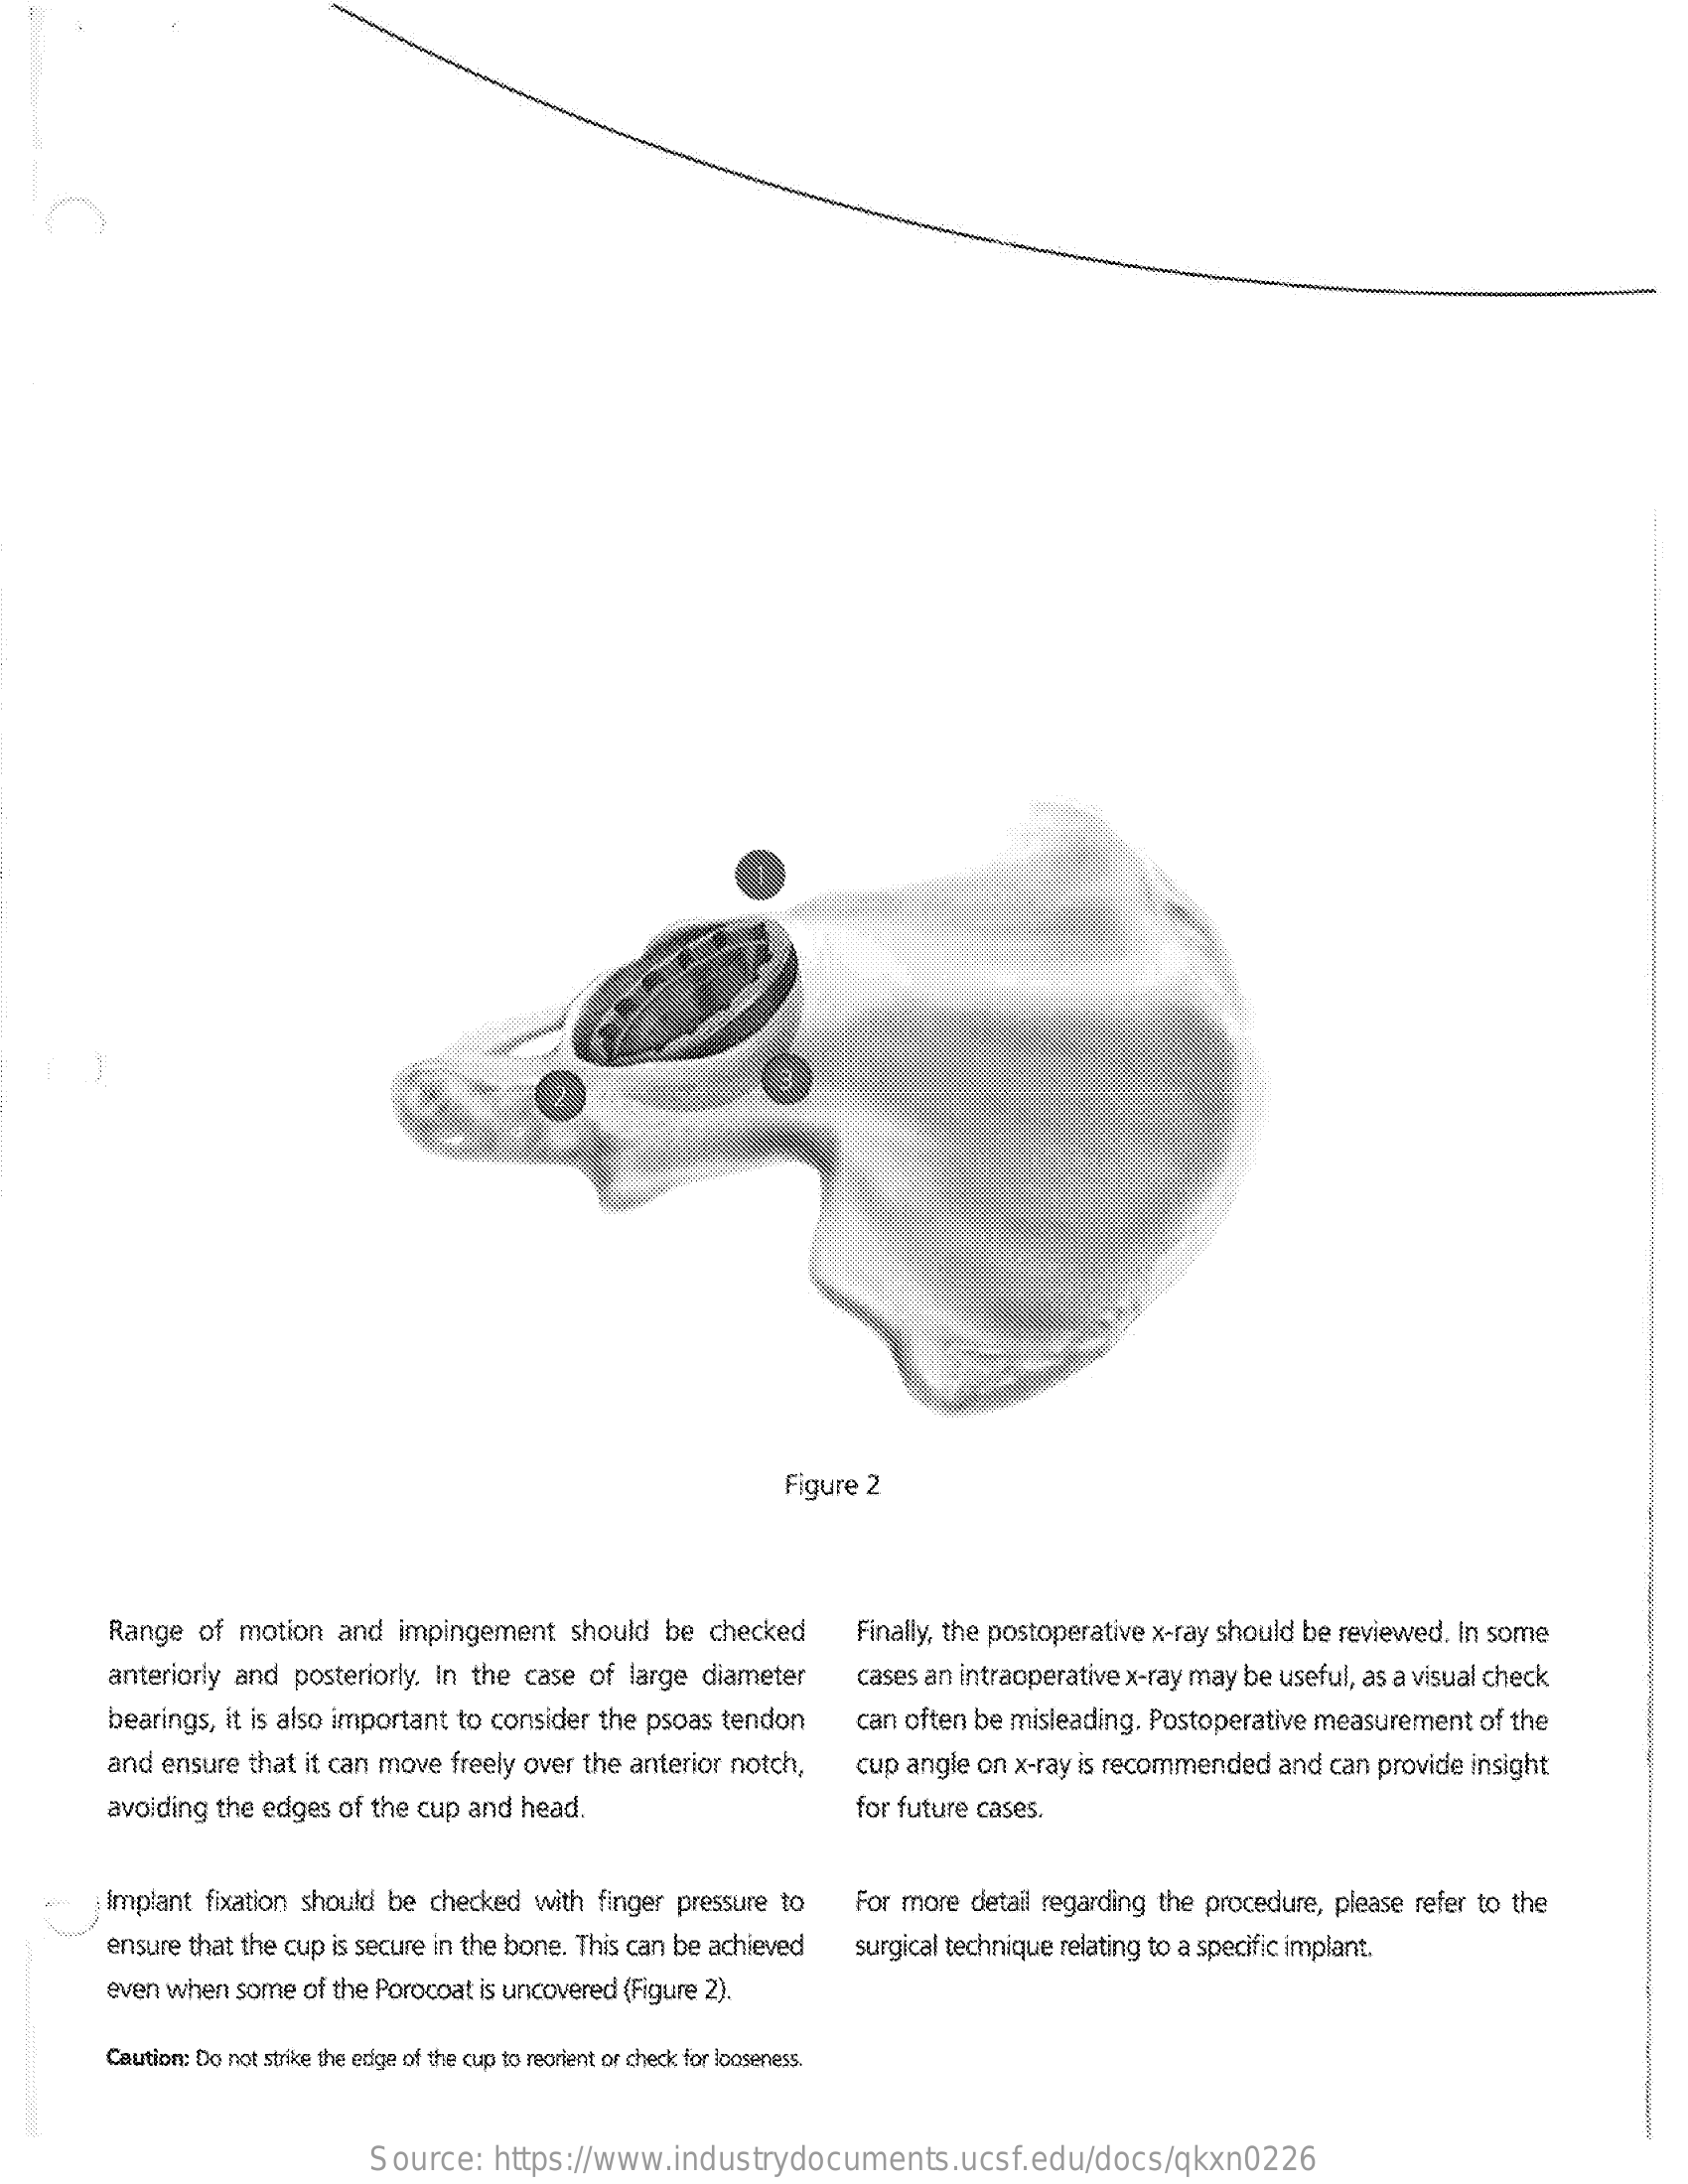
Figure 2
     Range of motion and impingement should be checked   Finally, the postoperative x-ray should be reviewed. In some
     anteriorly and posteriorly. In the case of large diameter cases an intraoperative x-ray may be useful, as a visual check
     bearings, it is also important to consider the psoas tendon can often be misleading. Postoperative measurement of the
     and ensure that it can move freely over the anterior notch, cup angle on x-ray is recommended and can provide insight
     avoiding the edges of the cup and head.    for future cases.
     Implant fixation should be checked with finger pressure to For more detail regarding the procedure, please refer to the
     ensure that the cup is secure in the bone. This can be achieved surgical technique relating to a specific implant.
     even when some of the Porocoat is uncovered (Figure 2).
     Caution: Do not strike the edge of the cup to reorient or check for looseness.
     Source:  https://www.industrydocuments.ucsf.edu/docs/qkxn0226